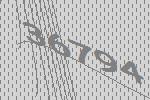
36794